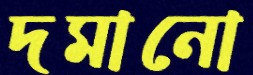
দমানো